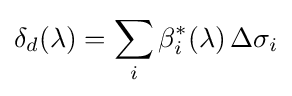
\delta _{d}(\lambda )=\sum _{i}\beta _{i}^{*}(\lambda )\,\Delta \sigma _{i}